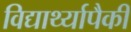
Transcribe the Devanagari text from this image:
विद्यार्थ्यापैकी